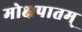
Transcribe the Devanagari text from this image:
मोक्षपातम्